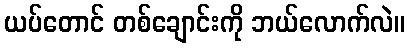
ယပ်တောင် တစ်ချောင်းကို ဘယ်လောက်လဲ။